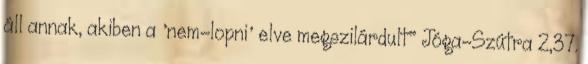
áll annak, akiben a 'nem-lopni' elve megszilárdult" Jóga-Szútra 2,37.